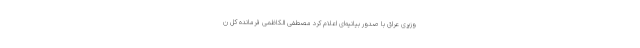
وزیری عراق با صدور بیانیه‌ای اعلام کرد مصطفی الکاظمی فرمانده کل ن